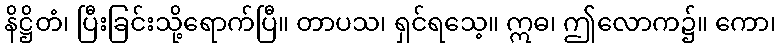
နိဋ္ဌိတံ၊ ပြီးခြင်းသို့ရောက်ပြီ။ တာပသ၊ ရှင်ရသေ့။ ဣဓ၊ ဤလောက၌။ ကော၊